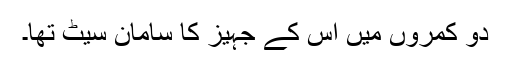
دو کمروں میں اس کے جہیز کا سامان سیٹ تھا۔